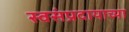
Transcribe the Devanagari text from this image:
स्वसंप्रदायाच्या